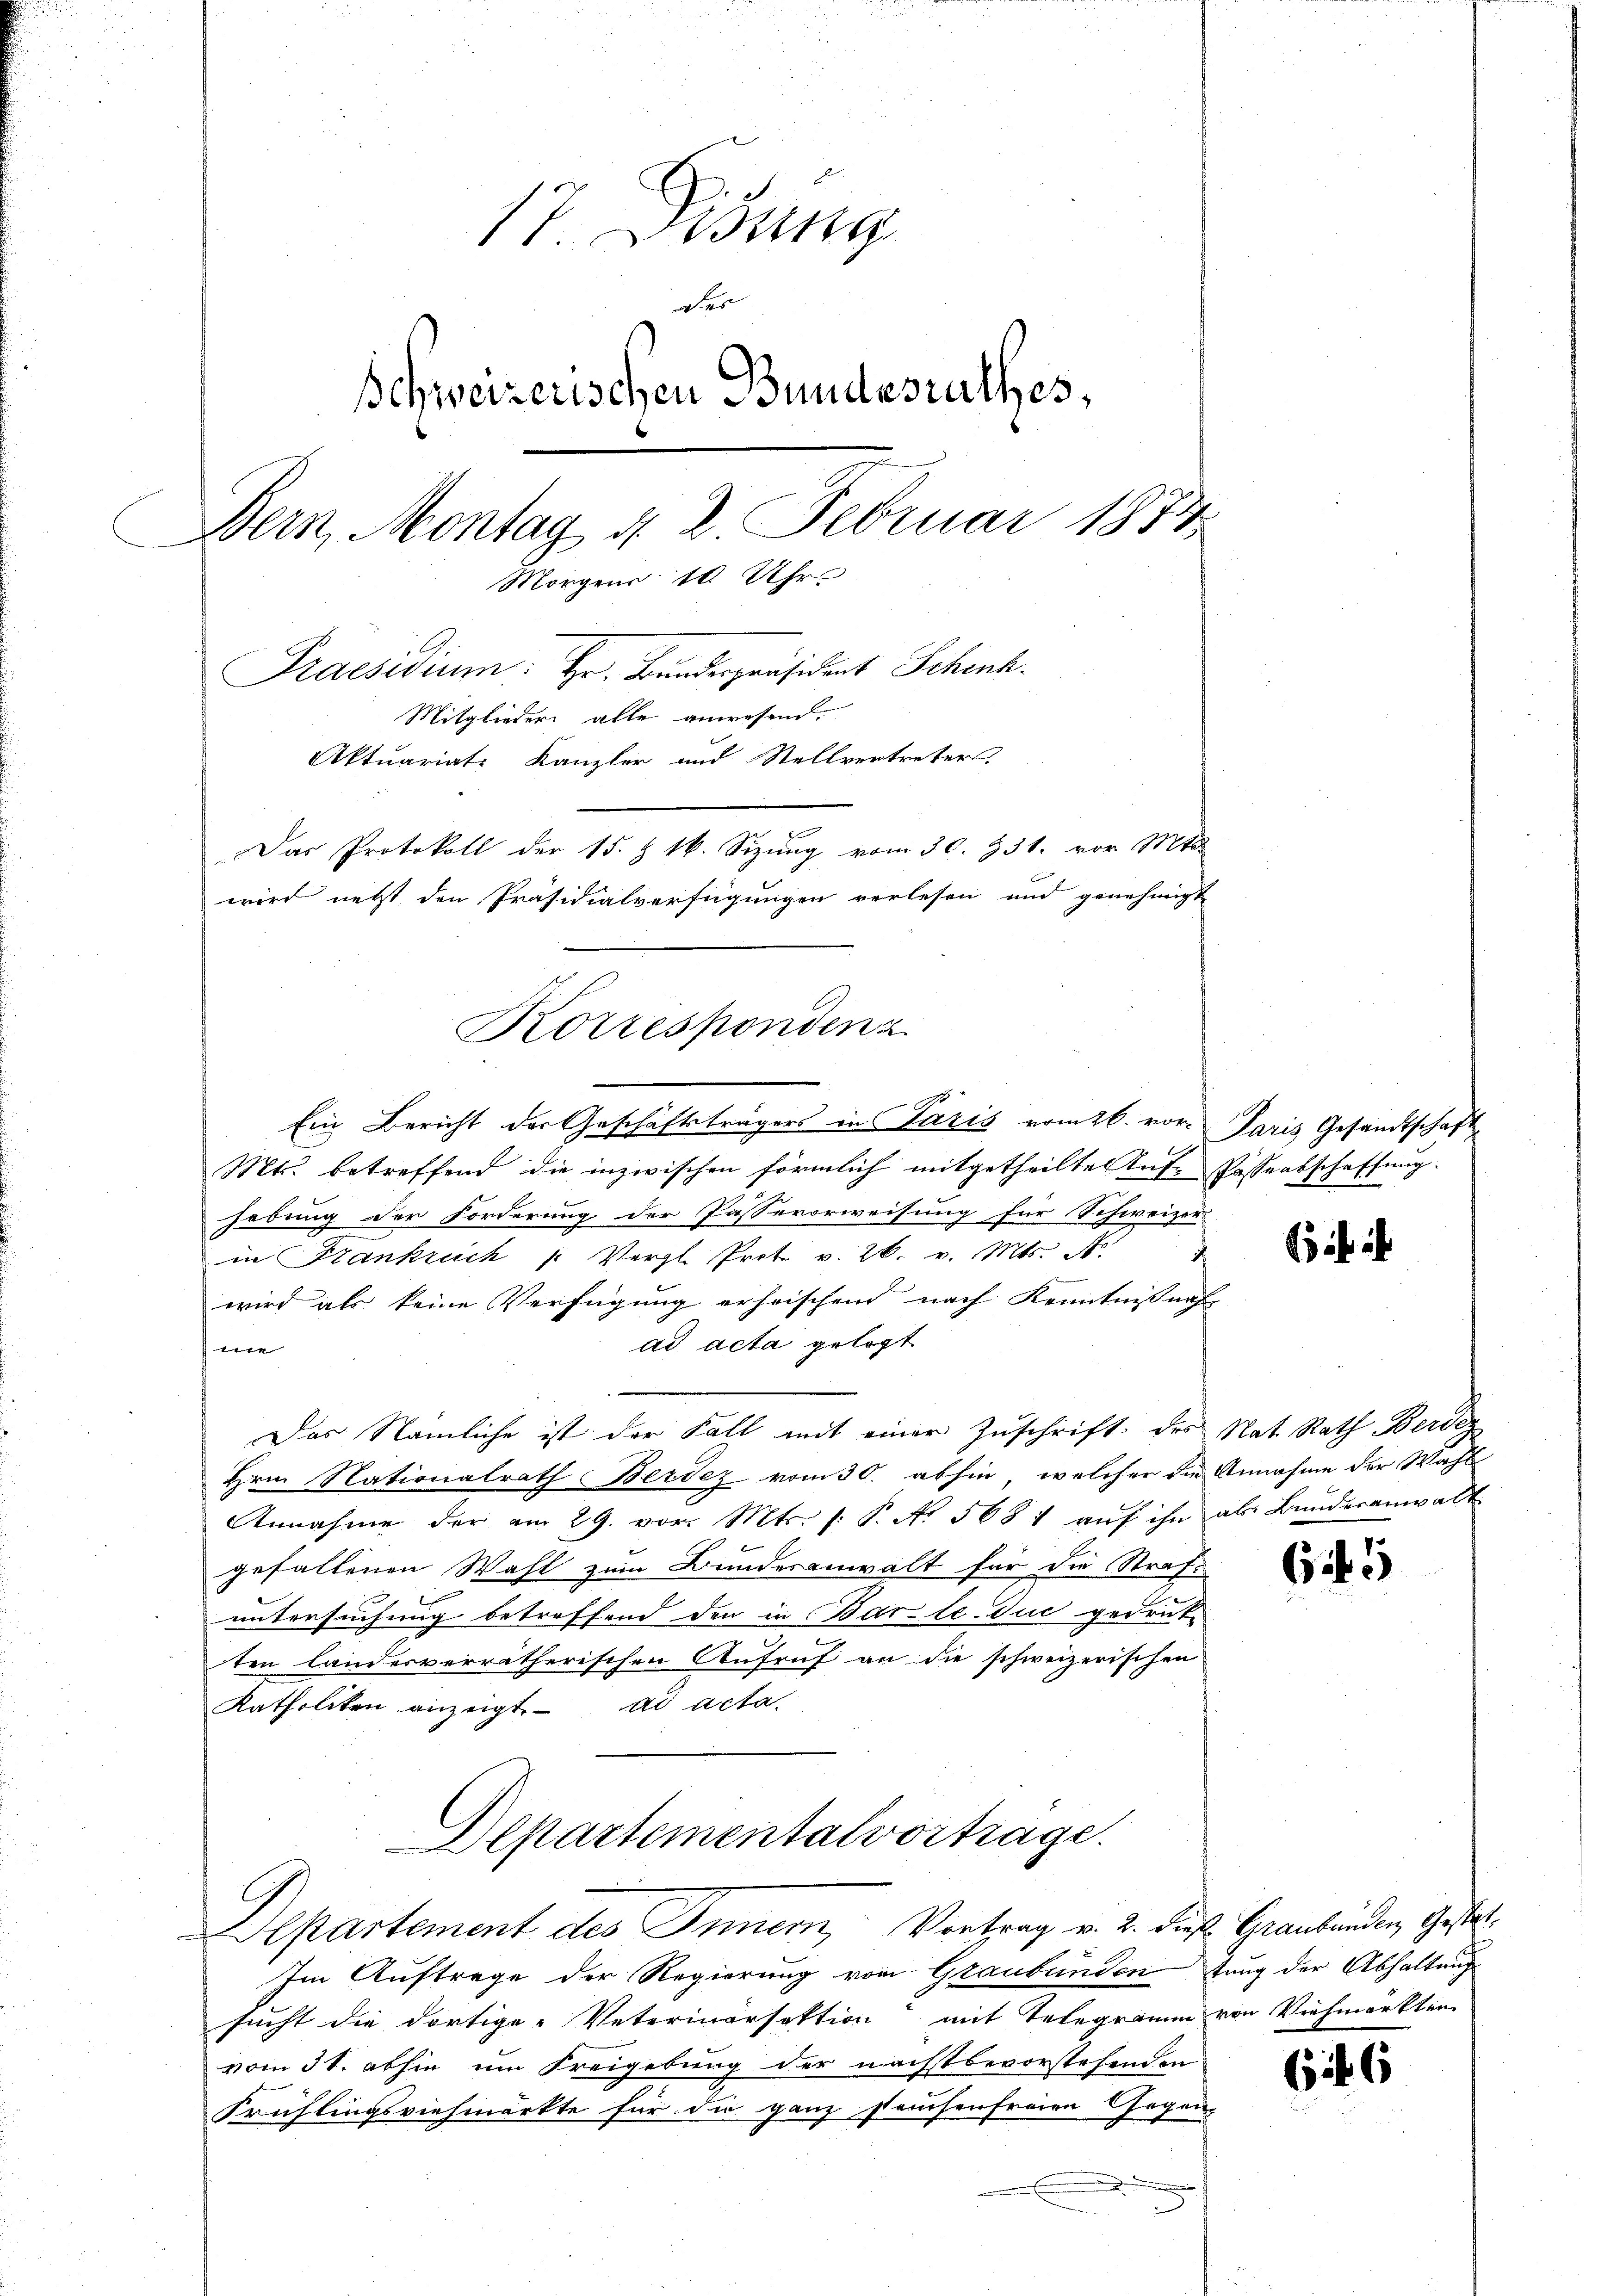
17. Jung
des
Schweizerischen Bundesrathes,
Bern, Montag d. 2. Februar 1874
Morgens 10 Uhr
Praesidium. Hr. Bundespräsident Schenk.
Mitglieder alle anwesend.
Aktuariat Kanzler und Stellvertreter.
Das Protokoll der 15. §. 16. Sizung vom 30. 931. vor. Mts.
wird nett den Präsidialverfügungen verlesen und genehmigt

Ein Bericht der Geschäftsträgers in Paris vom 26. vor-
Mts. betreffend die inzwischen förmlich mitgetheilten Auf- Passentschaffung.
hebung der Forderung der Passevorweisung für Schweizer
4
in Frankrech /: Vergl. Prot v. 26. v. Mts. N
wird als keine Verfügung erheischend nach Kenntniss nach
ad acta gelegt
e
Das Nämliche ist der Fall mit einer Zuschrift des Nat. Rath Berdez
Hrn. Nationalrath Berdez vom 30. abhin, welcher die Annahme der Wahl
Annahme der am 29. vor. Mts. (: P. No 5681 aŭf ihn als Bunderanwalt
gefallenen Wahl zum Bunderanwalt für die Straf-
untersuchung betreffend den in Barte-Juc gedrückten landesverrätherischen Aufruf an die schweizerischen
Katholiken anzeigt. ad acta.
Departementalvortrage.

Korrespondenz

Departement des Innern, Vortrag v. 2. dies Graubünden, Gestel¬

Im Auftrage der Regierung von Graubünden tung der Abhaltung
sucht die dortige Veterinarfaktion mit Telegramm von Viehmarkten
vom 31. abhin um Freigebung der nächstbevorstehenden
Fruflingsviehmarkte für die ganz stausenfreien Gegen-

Paris Gesandtschaft

645

6

6